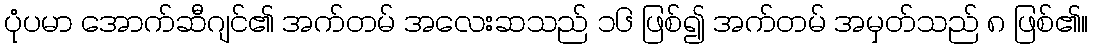
ပုံပမာ အောက်ဆီဂျင်၏ အက်တမ် အလေးဆသည် ၁၆ ဖြစ်၍ အက်တမ် အမှတ်သည် ၈ ဖြစ်၏။